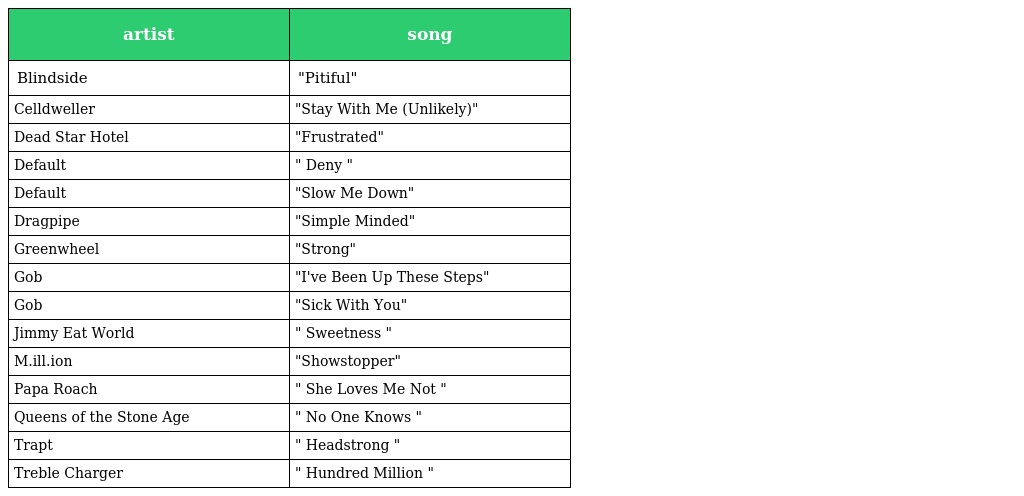
| artist | song |
 | --- | --- |
 | Blindside | "Pitiful" |
 | Celldweller | "Stay With Me (Unlikely)" |
 | Dead Star Hotel | "Frustrated" |
 | Default | " Deny " |
 | Default | "Slow Me Down" |
 | Dragpipe | "Simple Minded" |
 | Greenwheel | "Strong" |
 | Gob | "I've Been Up These Steps" |
 | Gob | "Sick With You" |
 | Jimmy Eat World | " Sweetness " |
 | M.ill.ion | "Showstopper" |
 | Papa Roach | " She Loves Me Not " |
 | Queens of the Stone Age | " No One Knows " |
 | Trapt | " Headstrong " |
 | Treble Charger | " Hundred Million " |